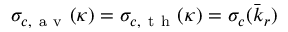
\sigma _ { c , \mathrm { ~ a ~ v ~ } } ( \kappa ) = \sigma _ { c , \mathrm { ~ t ~ h ~ } } ( \kappa ) = \sigma _ { c } ( \bar { k } _ { r } )